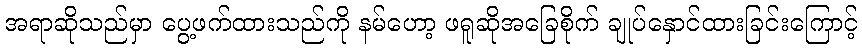
အရာဆိုသည်မှာ ပွေ့ဖက်ထားသည်ကို နမ်ဟော့ ဖရူဆိုအခြေစိုက် ချုပ်နှောင်ထားခြင်းကြောင့်